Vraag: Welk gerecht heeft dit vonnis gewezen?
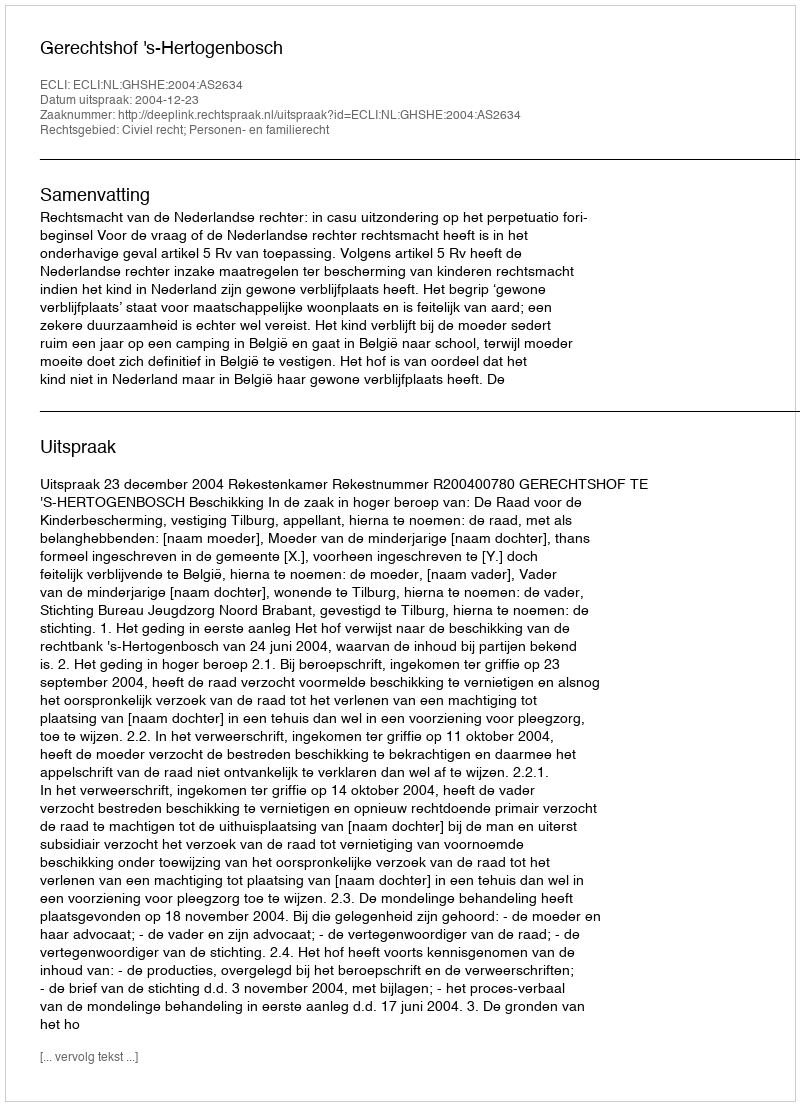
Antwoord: Gerechtshof 's-Hertogenbosch